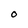
Character: O